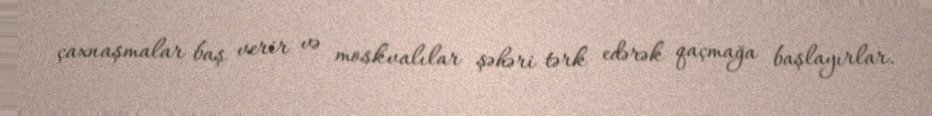
çaxnaşmalar baş verir və moskvalılar şəhəri tərk edərək qaçmağa başlayırlar.